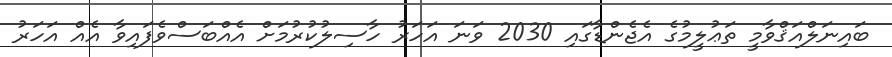
ބައިނަލްއަޤްވާމީ ތަޢުލީމުގެ އެޖެންޑާގައި 2030 ވަނަ އަހަރު ހާސިލުކުރުމަށް އެއްބަސްވެފައިވާ އެއް އަހަރު